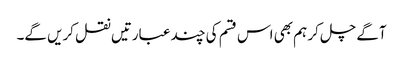
آگے چل کر ہم بھی اس قسم کی چند عبارتیں نقل کریں گے۔